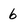
Character: 6